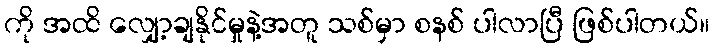
ကို အထိ လျှော့ချနိုင်မှုနဲ့အတူ သစ်မှာ စနစ် ပါလာပြီ ဖြစ်ပါတယ်။